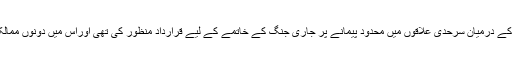
اقوام متحدہ کی سلامتی کونسل نے گذشتہ جمعہ کو سوڈان اور جنوبی سوڈان کے درمیان سرحدی علاقوں میں محدود پیمانے پر جاری جنگ کے خاتمے کے لیے قرارداد منظور کی تھی اوراس میں دونوں ممالک پر زور دیا تھا کہ وہ کشیدگی کو ہوا دینے والے اقدامات سے گریز کریں۔